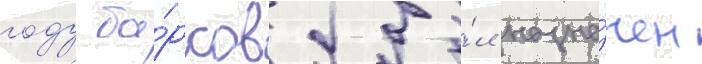
году ба́рсов бы́л назна́чен